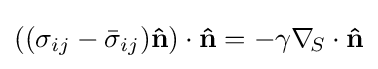
((\sigma _{ij}-{\bar {\sigma }}_{ij})\mathbf {\hat {n}} )\cdot \mathbf {\hat {n}} =-\gamma \nabla _{\!S}\cdot \mathbf {\hat {n}}